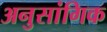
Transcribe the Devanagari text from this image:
अनुसांगिक